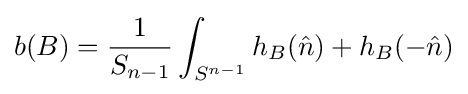
b(B)={\frac {1}{S_{n-1}}}\int _{S^{n-1}}h_{B}({\hat {n}})+h_{B}(-{\hat {n}})